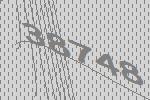
38748